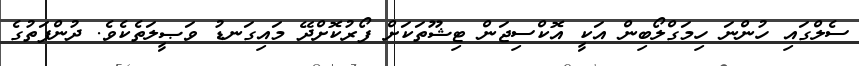
ސެލްގައި ހުންނަ ހިމަގްލޯބިން އަކީ އޮކްސިޖަން ޓިޝޫތަކަށް ފޯރުކޮށްދޭ މައިގަނޑު ވަޞީލަތެކެވެ. ދުންފަތުގެ